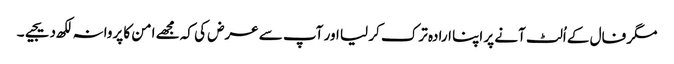
مگر فال کے اُلٹ آنے پر اپنا ارادہ ترک کر لیا اور آپ سے عرض کی کہ مجھے امن کا پروانہ لکھ دیجیے۔